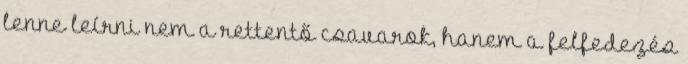
lenne leírni nem a rettentő csavarok, hanem a felfedezés